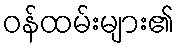
ဝန်ထမ်းများ၏